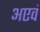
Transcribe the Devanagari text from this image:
अएवं